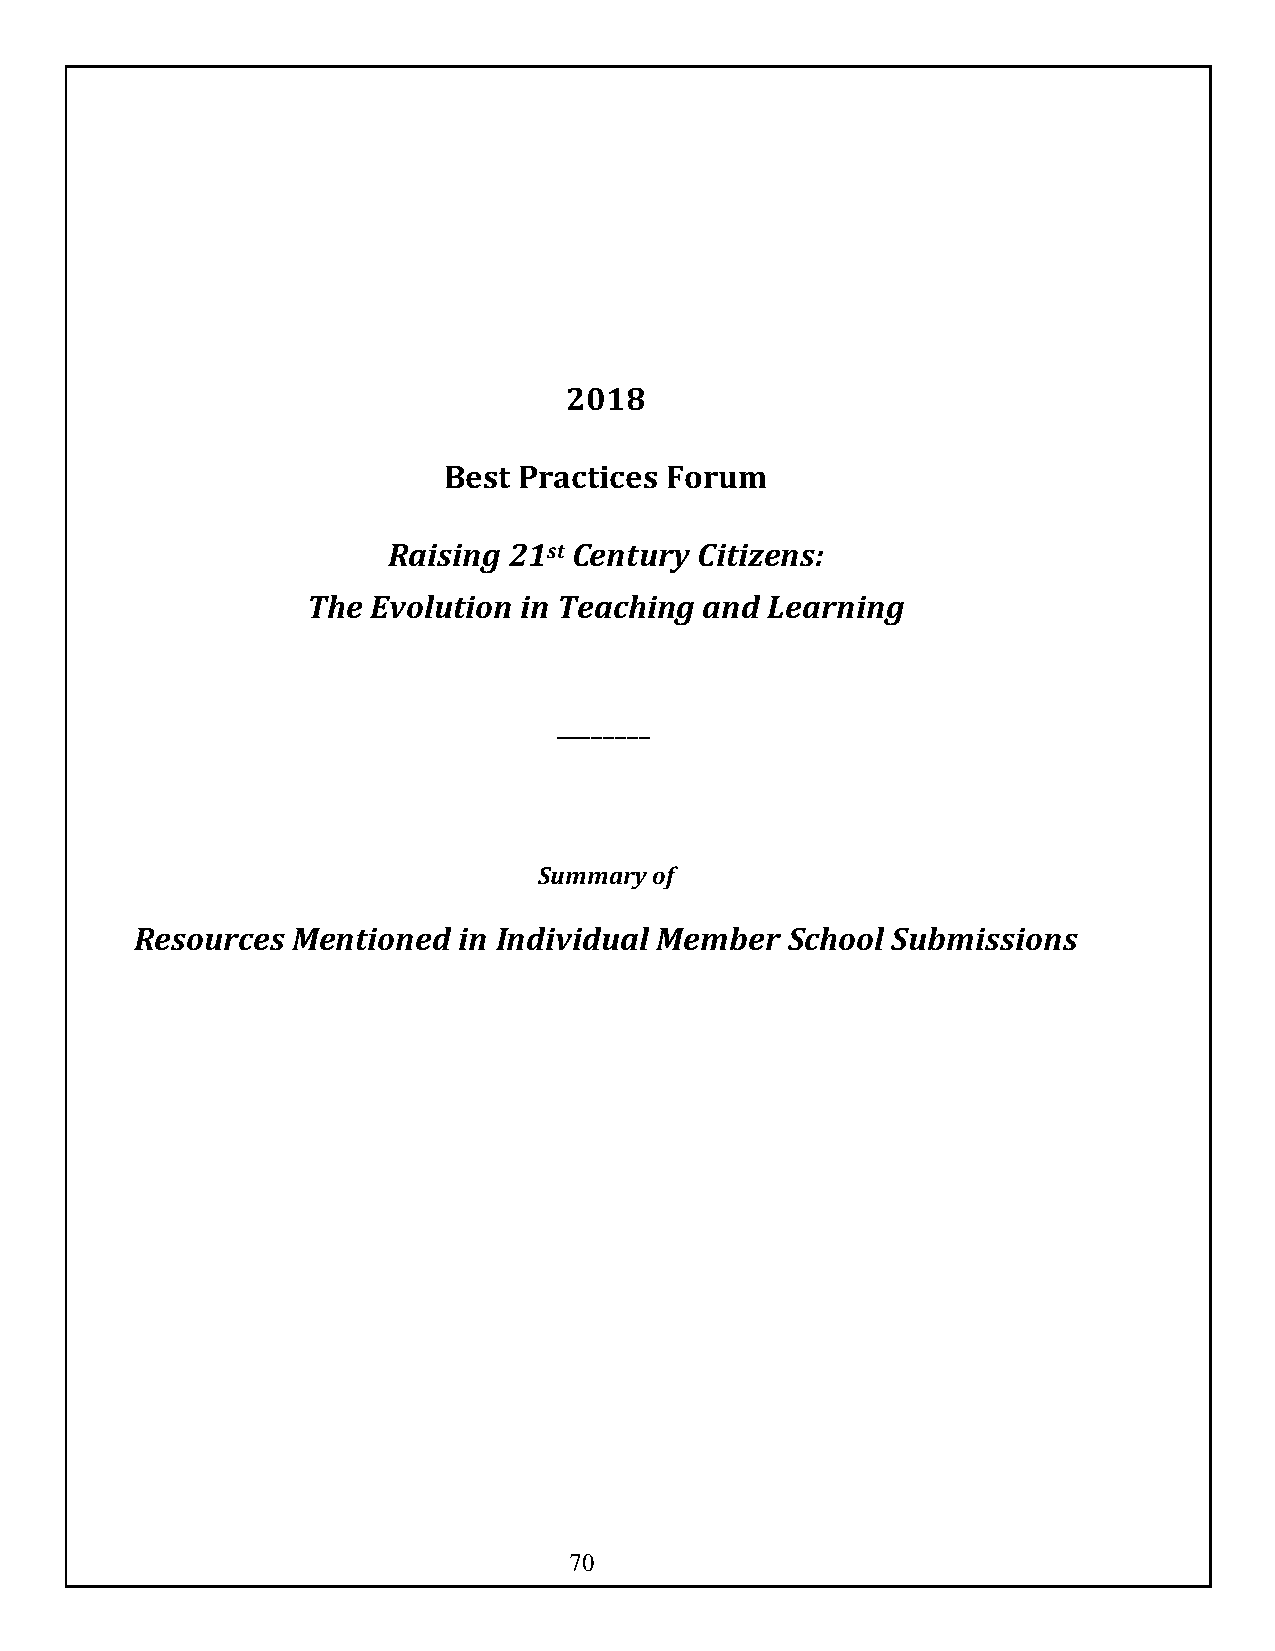
2018
 Best Practices Forum
 Raising 21st Century Citizens:
 The  Evolution in Teaching and Learning
 ________
 Summary of
 Resources Mentioned  in Individual Member  School Submissions
 70